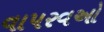
વાપરવઓ